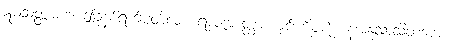
ဣမံသတ္တာဟံ၊ ဤခုနစ်ရက်ပတ်လုံး။ ရာဇအတ္ထော၊ မင်းကိစ္စကို။ နအနုသာသိတဗ္ဗော၊